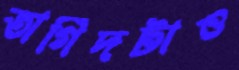
তাগিদটাও